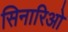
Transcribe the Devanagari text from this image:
सिनारिओ